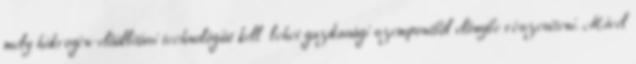
mely hidrogén-előállítási technológiát kell lehet gazdasági szempontból előnybe részesíteni. Mivel